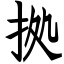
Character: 拠